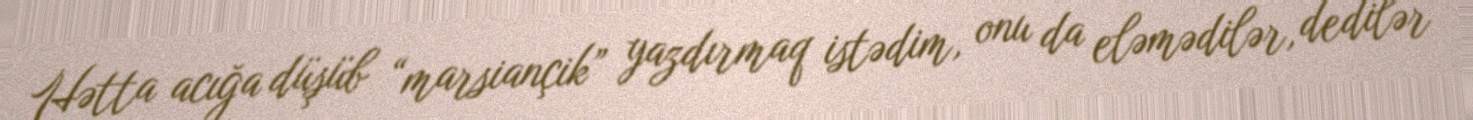
Hətta acığa düşüb “marsiançik” yazdırmaq istədim, onu da eləmədilər, dedilər